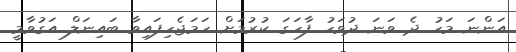
އަންނަ މަހު ދެ ވަނަ ދުވަހު ފާހަގަ ކުރުމަށް ހަމަޖެހިފައިވާ ބައިނަލް އަގުވާމީ